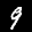
Label: 9